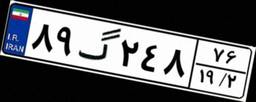
۸۹گ۲۴۸۷۶